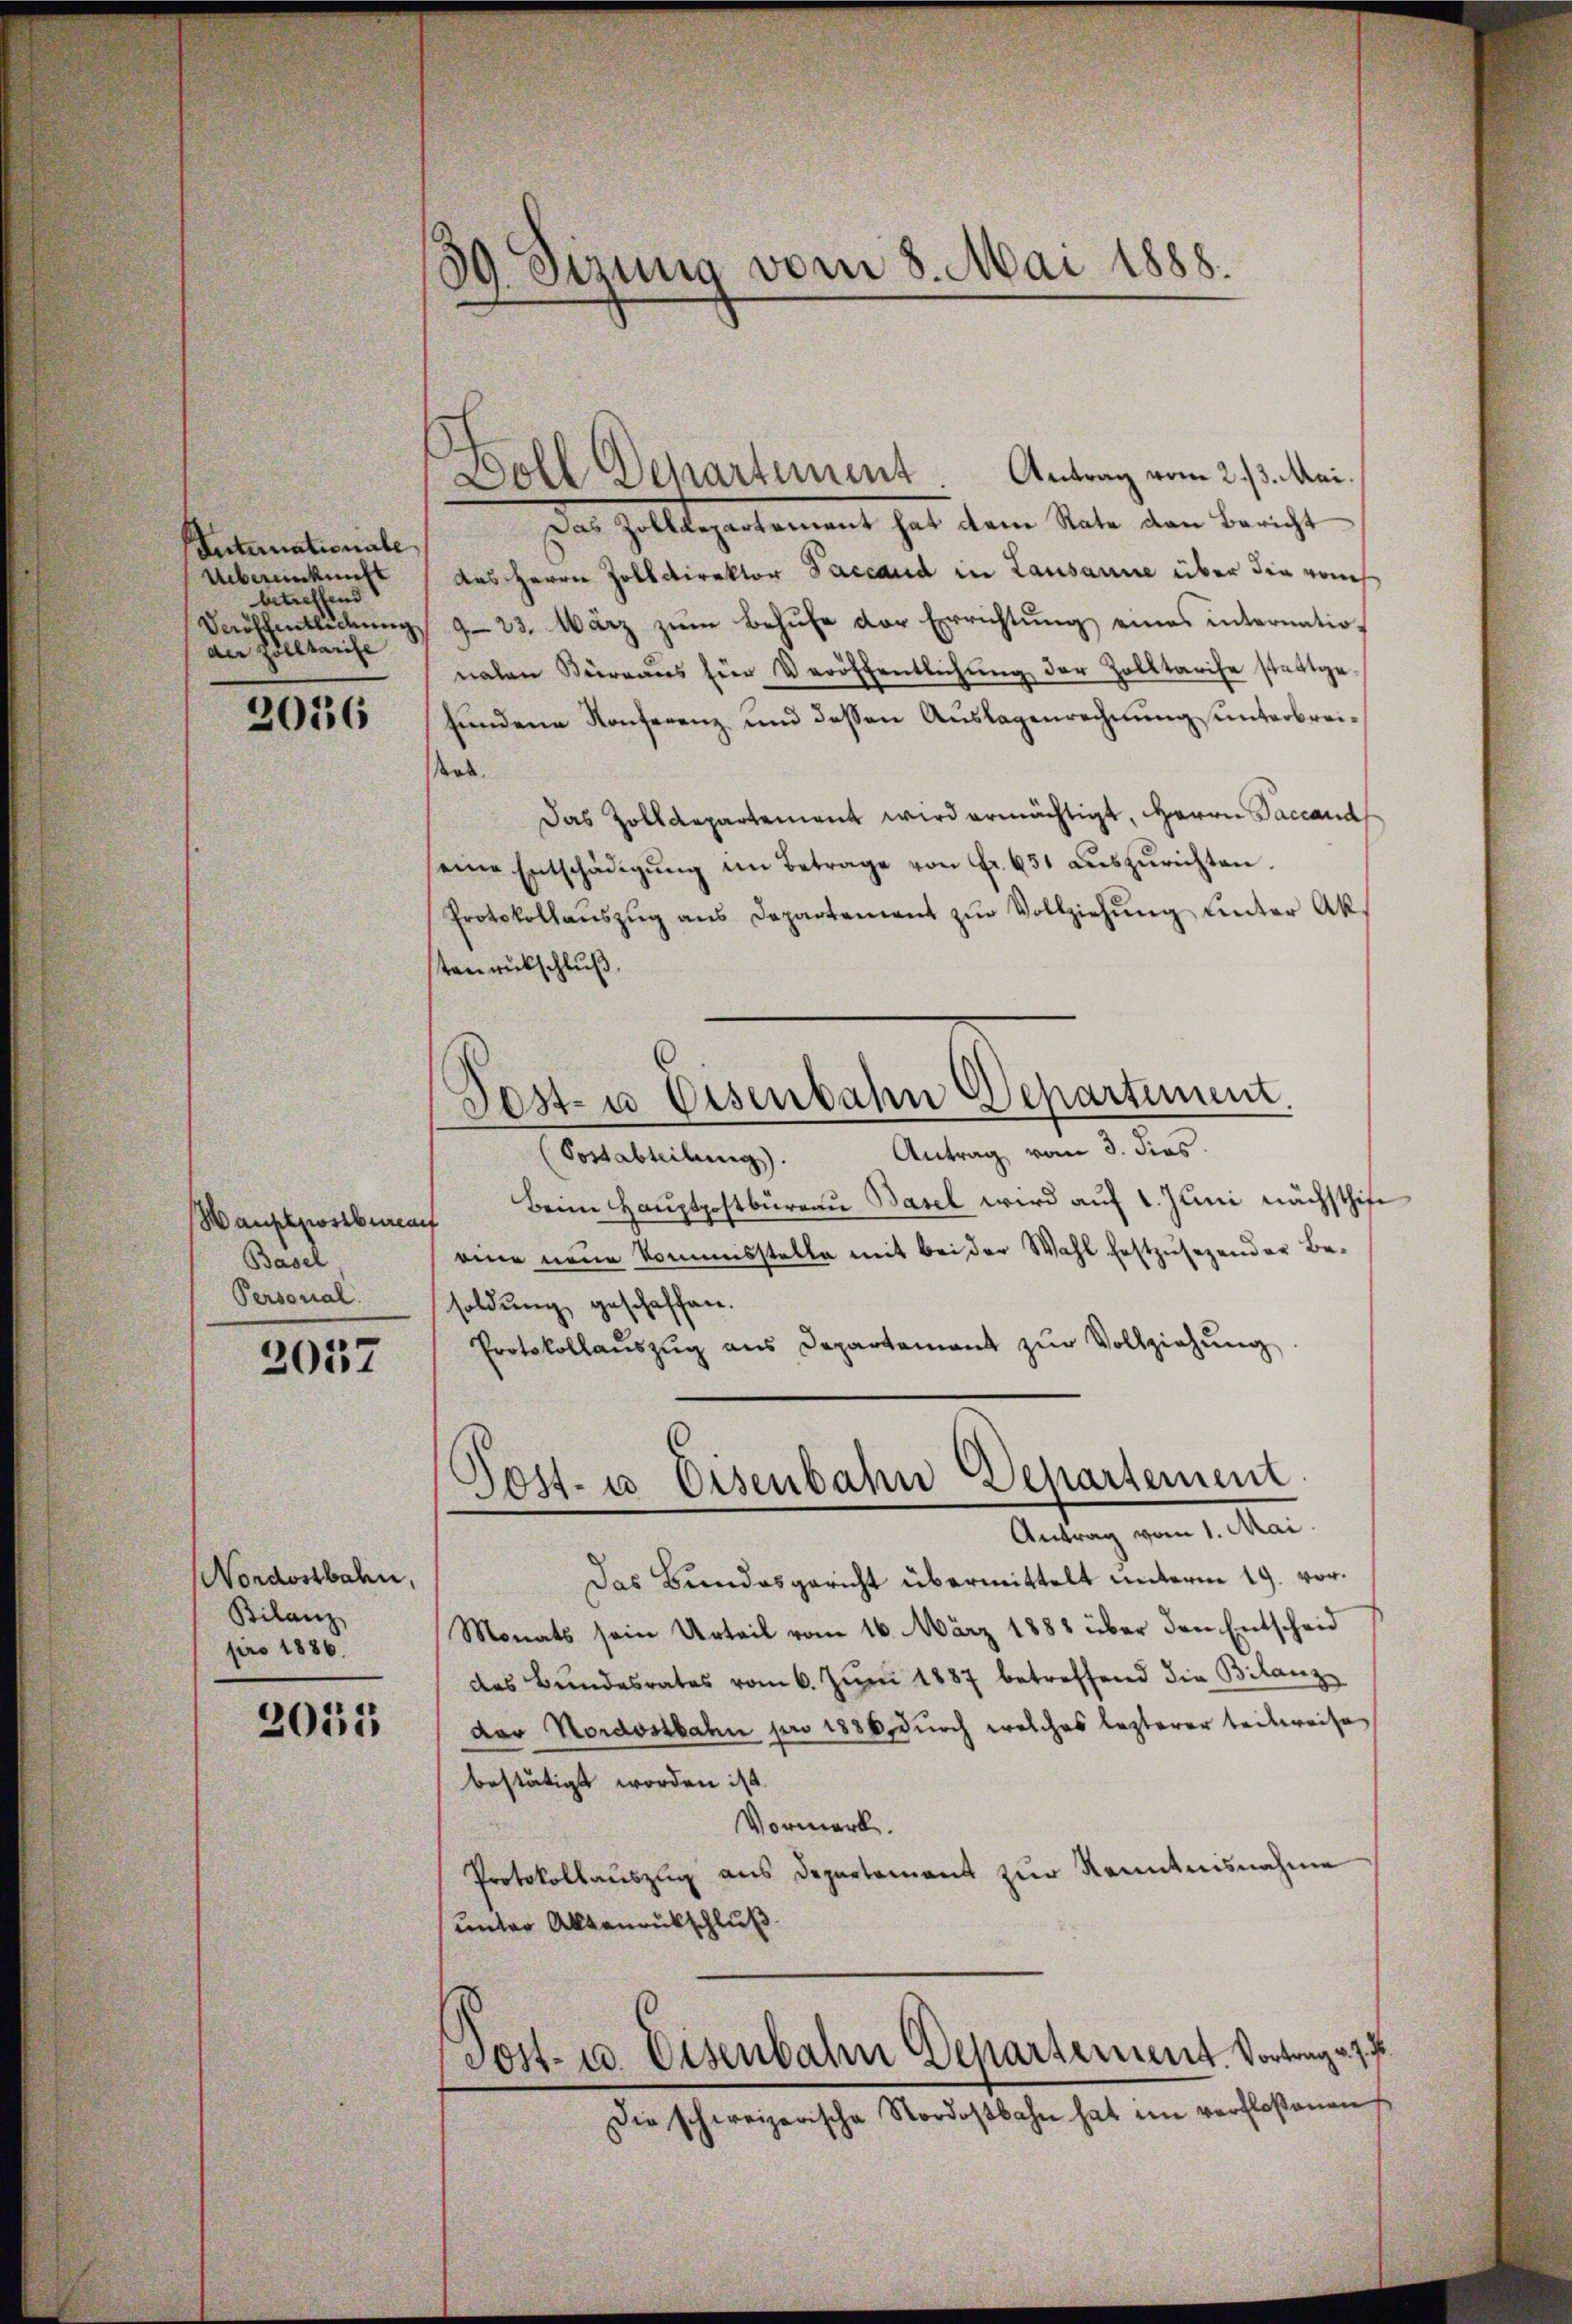
Internationale
Uebereinkunft
betreffend
der Zolltarife

2036

Wanskostbureauf
Basel
Personal.

2057

Nordostbahn,
Bilanz
pro 1886.

2055

39. Sezung vom 8. Mai 1888.

Doll Departement. Antrag vom 2./3. Mai.
Dar Zolliegenkoment hat dem State den beacht
des Herrn Zolldirektor Paccaud in Lausanne über die vons
Daiffentlichung 923. März zum Behufe der Errichtung eines internationahen Büreaŭs für Veröffentlichung der Zolltarise stattge-
fundene Konferenz und dessen Auslagenrechnung unterbreirk.
Das Zolldepartement wird ermächtigt, Herrn Paccand
seine Entschädigŭng im Betrage von Fr. 651 aŭszŭrichten.
Protokollaŭszŭg ans Departement zŭr Vollziehŭng ŭnter Ak
tenrückschluß.
Fest- u Eisenbahn Departement
.
(Portabteilung). Antrag vom 3. dies
Beim Hauptpostbüreau Basel wird auf 1. Juni nächsthife
eine neue Kommisstelle mit bei der Wahl festzusezender Besoldung geschaffen.
Protokollaŭszŭg ans Departement zŭr Vollziehŭng

Post- u. Eisenbahn Departement
Antrag vom 1. Mai.

Das Bundesgericht übermittelt unterm 19. vor.
Monats sein Urteil vom 16. März 1888 über den Entscheid
das Bundesrates vom 6. Juni 1887 betreffend die Bilanz
der Nordostbahn pro 1886, durch welches lezterer teilweise
bestätigt worden ist.
Vormerk.
Protokollauszug aus Departement zur Kenntnisnahme
unter Alltanrückschluß
Jost- u. Eisenbahn Departement. Vortrag v. 7.
Die schweizerische Nordostbahn hat ein verfloßenen